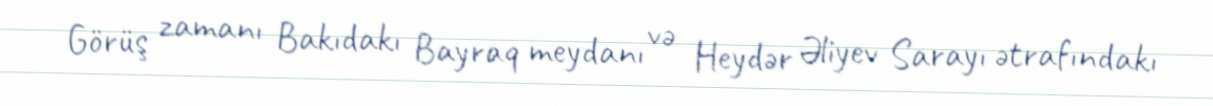
Görüş zamanı Bakıdakı Bayraq meydanı və Heydər Əliyev Sarayı ətrafındakı